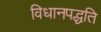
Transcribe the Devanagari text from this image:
विधानपद्धति